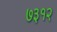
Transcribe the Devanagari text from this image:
७३१२